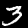
Label: 3